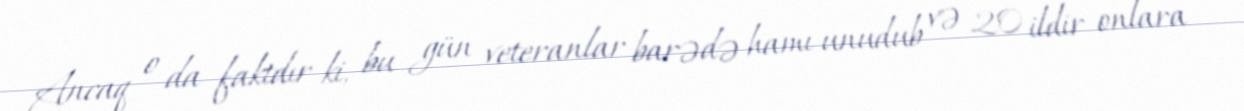
Ancaq o da faktdır ki, bu gün veteranlar barədə hamı unudub və 20 ildir onlara